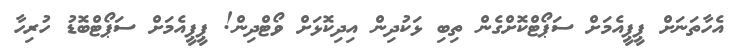
އެހާތަނަށް ޕީޕީއެމަށް ސަޕޯޓްކޮށްގެން ތިބި ޅަކުދިން އިދިކޮޅަށް ވޯޓްދިން! ޕީޕީއެމަށް ސަޕޯޓްބޮޑު ހުރިހާ